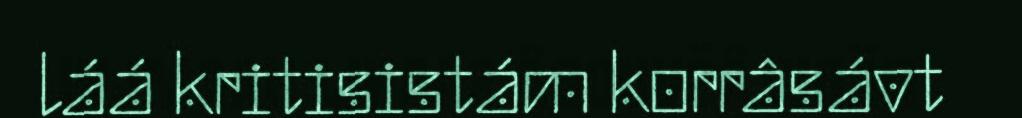
láá kritisistám korrâsávt